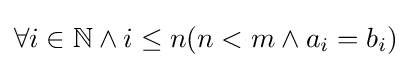
\forall i\in \mathbb {N} \land i\leq n(n<m\land a_{i}=b_{i})